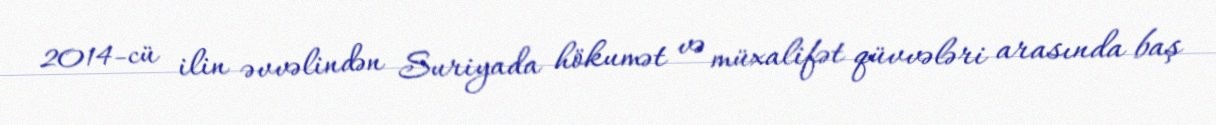
2014-cü ilin əvvəlindən Suriyada hökumət və müxalifət qüvvələri arasında baş